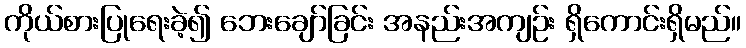
ကိုယ်စားပြုရေးခဲ့၍ ဘေးချော်ခြင်း အနည်းအကျဉ်း ရှိကောင်းရှိမည်။